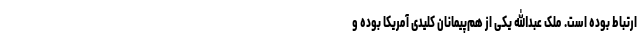
ارتباط بوده است. ملک عبدالله یکی از هم‌پیمانان کلیدی آمریکا بوده و